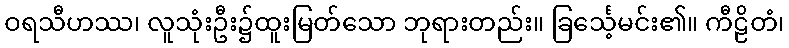
ဝရသီဟဿ၊ လူသုံးဦး၌ထူးမြတ်သော ဘုရားတည်း။ ခြင်္သေ့မင်း၏။ ကီဠိတံ၊